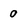
Character: 0